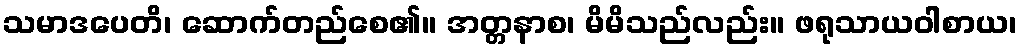
သမာဒပေတိ၊ ဆောက်တည်စေ၏။ အတ္တနာစ၊ မိမိသည်လည်း။ ဖရုသာယဝါစာယ၊